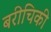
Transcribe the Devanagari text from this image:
बरीचिकी